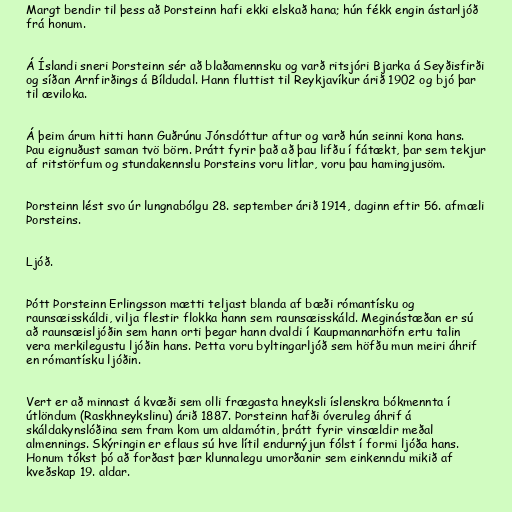
Margt bendir til þess að Þorsteinn hafi ekki elskað hana; hún fékk engin ástarljóð
frá honum.

Á Íslandi sneri Þorsteinn sér að blaðamennsku og varð ritsjóri Bjarka á Seyðisfirði
og síðan Arnfirðings á Bíldudal. Hann fluttist til Reykjavíkur árið 1902 og bjó þar
til æviloka.

Á þeim árum hitti hann Guðrúnu Jónsdóttur aftur og varð hún seinni kona hans.
Þau eignuðust saman tvö börn. Þrátt fyrir það að þau lifðu í fátækt, þar sem tekjur
af ritstörfum og stundakennslu Þorsteins voru litlar, voru þau hamingjusöm.

Þorsteinn lést svo úr lungnabólgu 28. september árið 1914, daginn eftir 56. afmæli
Þorsteins.

Ljóð.

Þótt Þorsteinn Erlingsson mætti teljast blanda af bæði rómantísku og
raunsæisskáldi, vilja flestir flokka hann sem raunsæisskáld. Meginástæðan er sú
að raunsæisljóðin sem hann orti þegar hann dvaldi í Kaupmannarhöfn ertu talin
vera merkilegustu ljóðin hans. Þetta voru byltingarljóð sem höfðu mun meiri áhrif
en rómantísku ljóðin.

Vert er að minnast á kvæði sem olli frægasta hneyksli íslenskra bókmennta í
útlöndum (Raskhneykslinu) árið 1887. Þorsteinn hafði óveruleg áhrif á
skáldakynslóðina sem fram kom um aldamótin, þrátt fyrir vinsældir meðal
almennings. Skýringin er eflaus sú hve lítil endurnýjun fólst í formi ljóða hans.
Honum tókst þó að forðast þær klunnalegu umorðanir sem einkenndu mikið af
kveðskap 19. aldar.